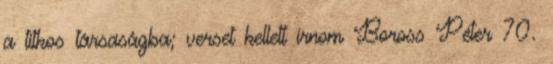
a titkos társaságba; verset kellett írnom Boross Péter 70.